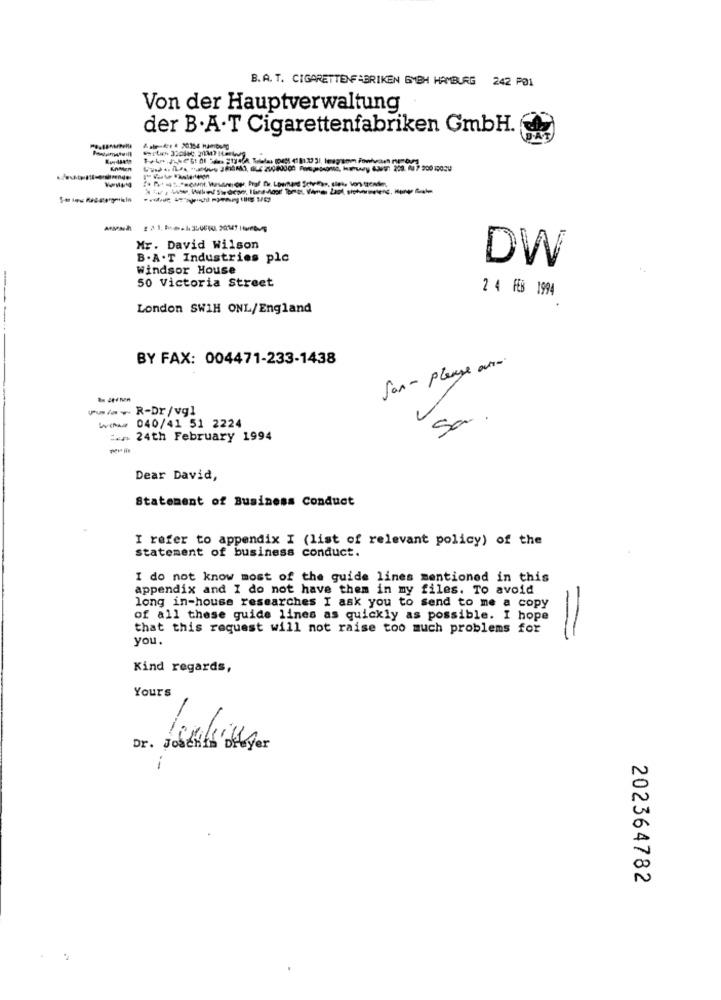
B.A. T. CIGARETTENFABRIKEN GMBH HAMBURG 242 PØ1
Von der Hauptverwaltung
der B.A.T Cigarettenfabriken GmbH.
KAMER
Mr. David Wilson
B. A. T Industries plc
DW
Windsor House
50 Victoria Street
2 4 FEB 1994
London SWIH ONL/England
BY FAX: 004471-233-1438
San - please aura.
vw/+ R-Dr /vgl
Sa
WIN# 040/41 51 2224
: 24th February 1994
Dear David,
Statement of Business Conduct
I refer to appendix I (list of relevant policy) of the
statement of business conduct.
I do not know most of the guide lines mentioned in this
appendix and I do not have them in my files. To avoid
long in-house researches I ask you to send to me a copy
of all these guide lines as quickly as possible. I hope
that this request will not raise too much problems for
you.
=
Kind regards,
Yours
Dr. Joachim Dreyer
D
N
202364782